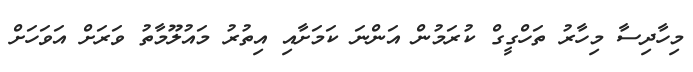
މިހާދިސާ މިހާރު ތަހްގީގް ކުރަމުން އަންނަ ކަމަށާއި އިތުރު މައުލޫމާތު ވަރަށް އަވަހަށް